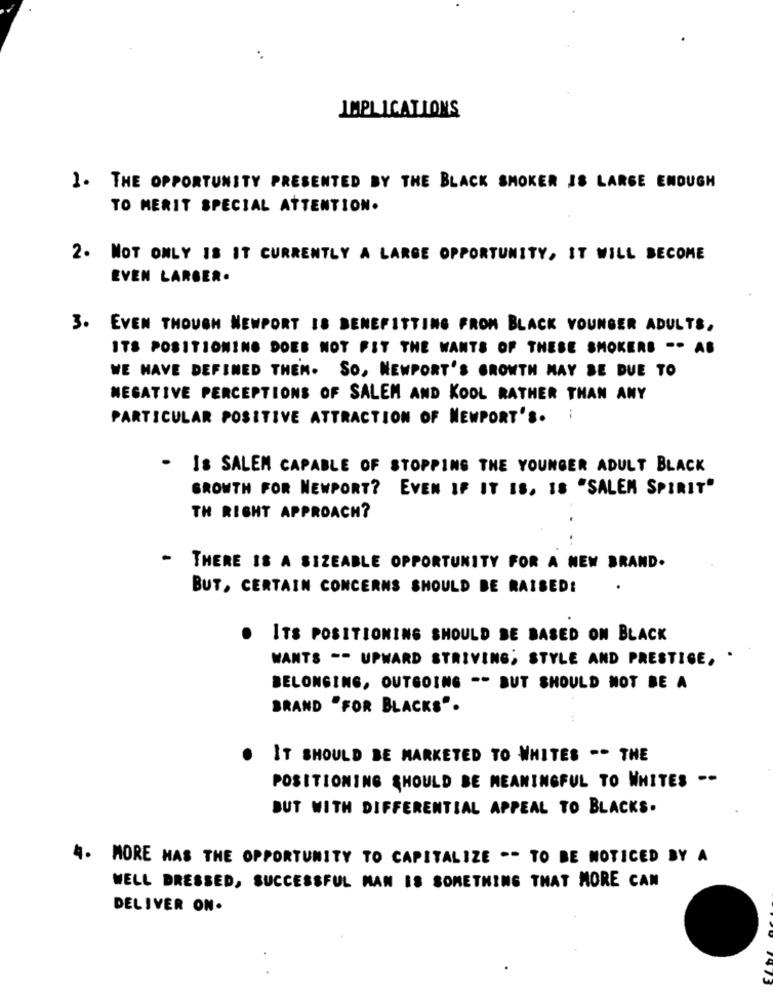
..
IMPLICATIONS
1. THE OPPORTUNITY PRESENTED BY THE BLACK SMOKER JS LARGE ENOUGH
TO MERIT SPECIAL ATTENTION.
2. NOT ONLY IS IT CURRENTLY A LARGE OPPORTUNITY, IT WILL BECOME
EVEN LARGER.
3. EVEN THOUGH NEWPORT IS BENEFITTING FROM BLACK YOUNGER ADULTS,
ITS POSITIONING DOES NOT FIT THE WANTS OF THESE SMOKERS -- AB
WE HAVE DEFINED THEM. SO, NEWPORT'S GROWTH MAY BE DUE TO
NEGATIVE PERCEPTIONS OF SALEM AND KOOL RATHER THAN ANY
PARTICULAR POSITIVE ATTRACTION OF NEWPORT'S.
--
- Is SALEM CAPABLE OF STOPPING THE YOUNGER ADULT BLACK
GROWTH FOR NEWPORT? EVEN IF IT IS, 18 "SALEM SPIRIT"
TH RIGHT APPROACH?
- THERE IS A SIZEABLE OPPORTUNITY FOR A NEW BRAND.
BUT, CERTAIN CONCERNS SHOULD BE RAISED!
.
ITS POSITIONING SHOULD BE BASED ON BLACK
WANTS -- UPWARD STRIVING; STYLE AND PRESTIGE, .
BELONGING, OUTGOING -- BUT SHOULD NOT BE A
BRAND "FOR BLACKS".
IT SHOULD BE MARKETED TO WHITES -- THE
POSITIONING SHOULD BE MEANINGFUL TO WHITES --
BUT WITH DIFFERENTIAL APPEAL TO BLACKS.
4.
MORE HAS THE OPPORTUNITY TO CAPITALIZE -- TO BE NOTICED BY A
WELL DRESSED, SUCCESSFUL MAN IS SOMETHING THAT MORE CAN
DELIVER ON.
1973